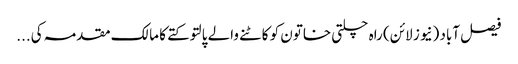
فیصل آباد (نیوز لائن) راہ چلتی خاتون کو کاٹنے والے پالتو کتے کا مالک مقدمہ کی...